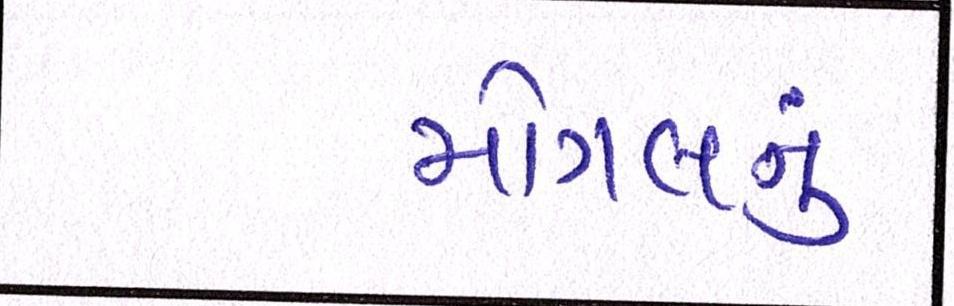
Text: મોગલનું